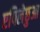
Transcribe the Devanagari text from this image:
एपिलेछुआ